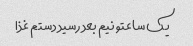
یک ساعتو نیم بعد رسید دستم غذا